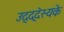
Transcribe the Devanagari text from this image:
उद्द्देस्यके